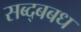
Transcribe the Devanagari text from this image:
सब्द्बबध